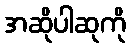
အဆိုပါဆုကို